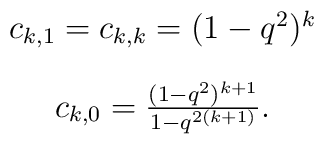
\begin{array}{c}c_{k,1}=c_{k,k}=(1-q^{2})^{k}\\[4mm]c_{k,0}=\frac{(1-q^{2})^{k+1}}{1-q^{2(k+1)}}.\end{array}